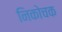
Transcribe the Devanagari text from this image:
निकोचक